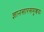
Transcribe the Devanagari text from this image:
ज्ञानसारसमुच्चयः